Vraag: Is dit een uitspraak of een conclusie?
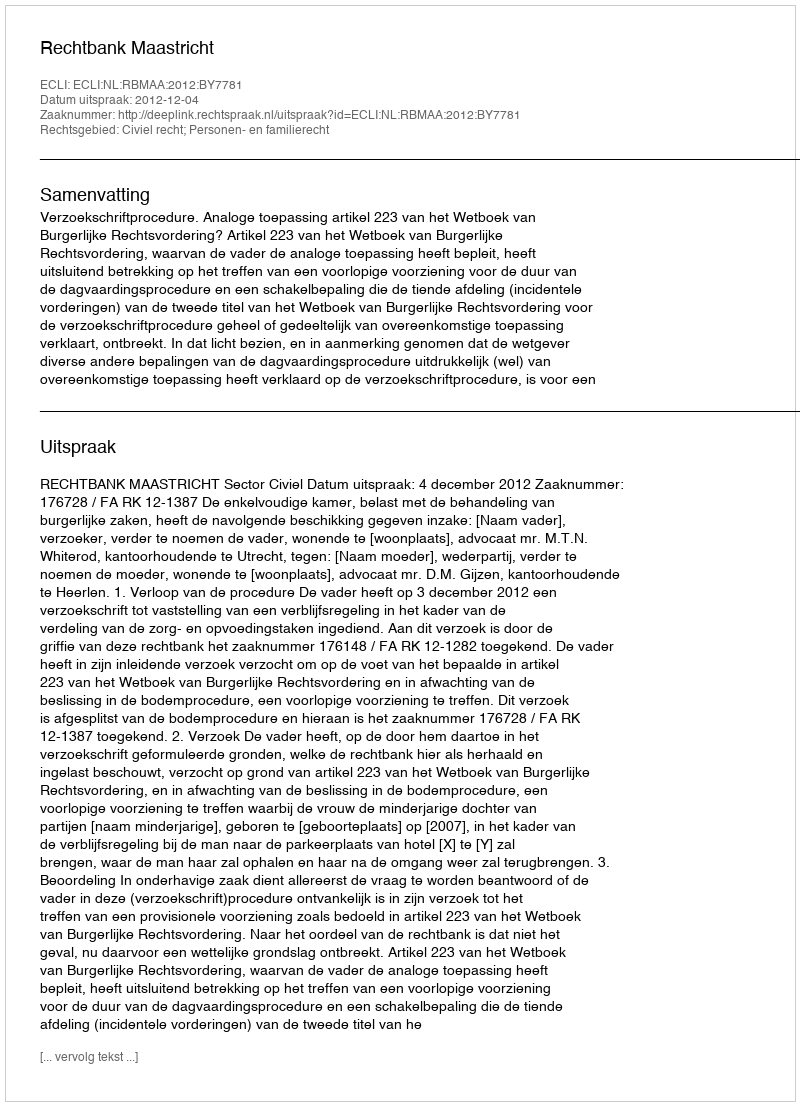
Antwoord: Uitspraak